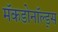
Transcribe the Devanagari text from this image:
मॅकडोनॉल्ड्स